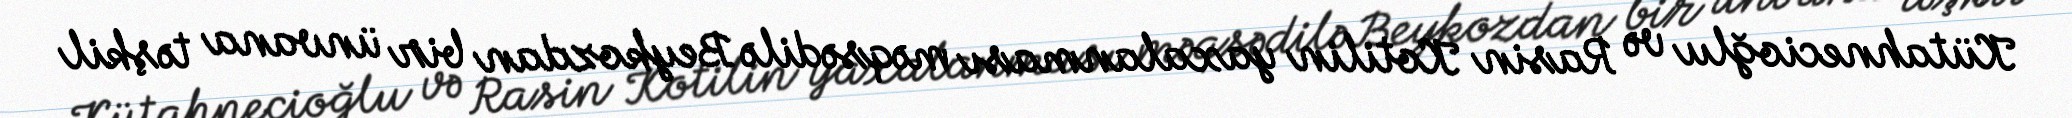
Kütahnecioğlu və Rasin Kotilin yaxalanması məqsədilə Beykozdan bir ünvana təşkil